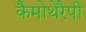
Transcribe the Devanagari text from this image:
कैमोथेरैपी